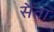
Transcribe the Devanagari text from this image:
सैंता